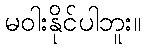
မဝါးနိုင်ပါဘူး။